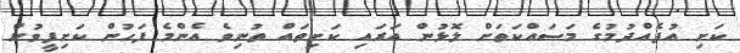
ކަށި އުފެއްދުމުގެ މަސައްކަތަށް ލޮޅުން އަރައި ކަށިތައް ތުނިވެ އެންމެ ފަހުން ކަށިފީވުން